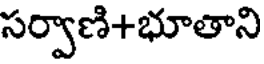
సర్వాణి+భూతాని